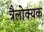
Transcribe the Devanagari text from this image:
त्रैलोक्यक